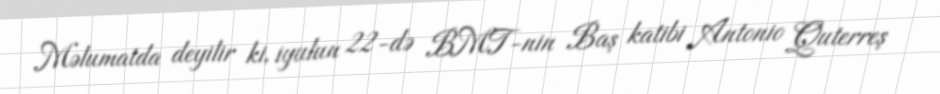
Məlumatda deyilir ki, iyulun 22-də BMT-nin Baş katibi Antonio Quterreş